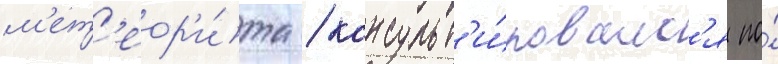
м'ет'еор'и́та / консульт'и́ровалс'я по́